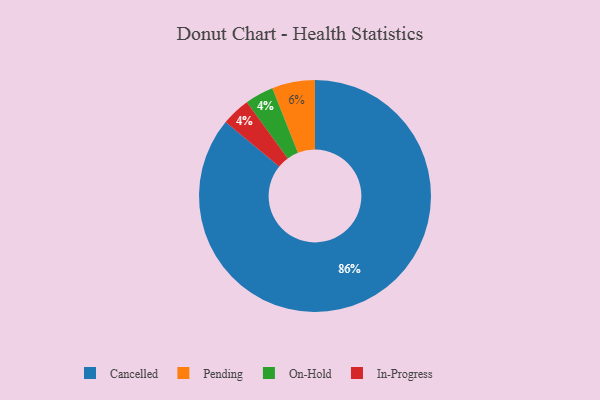
{"axis": {"x": "Category", "y": "Percentage"}, "legend": ["Cancelled", "In-Progress", "On-Hold", "Pending"], "data": [{"x": "On-Hold", "y": 4, "type": "On-Hold"}, {"x": "Cancelled", "y": 86, "type": "Cancelled"}, {"x": "Pending", "y": 6, "type": "Pending"}, {"x": "In-Progress", "y": 4, "type": "In-Progress"}]}